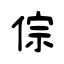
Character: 倧